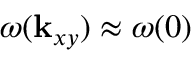
\omega ( { \bf k } _ { x y } ) \approx \omega ( 0 )